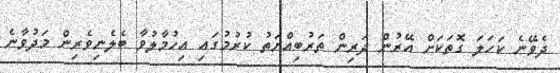
ދެވޭނެ ކަހަލަ ގޮތަކަށް އޭރުން ދަރިން ތަރުބިއްޔަތު ކުރުމުގައި އިހުމާލުވާ ބެލެނިވެރިން މަދުވާނެ